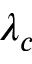
\lambda _ { c }